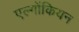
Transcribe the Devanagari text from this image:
एल्गोंकियन